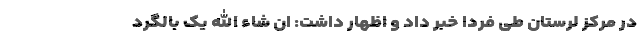
در مرکز لرستان طی فردا خبر داد و اظهار داشت: ان شاء الله یک بالگرد